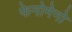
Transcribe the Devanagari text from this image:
फेनोमेनो